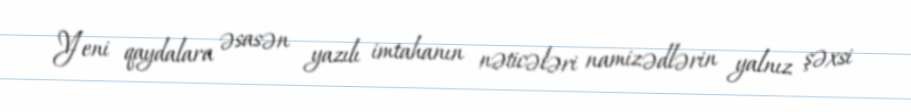
Yeni qaydalara əsasən yazılı imtahanın nəticələri namizədlərin yalnız şəxsi